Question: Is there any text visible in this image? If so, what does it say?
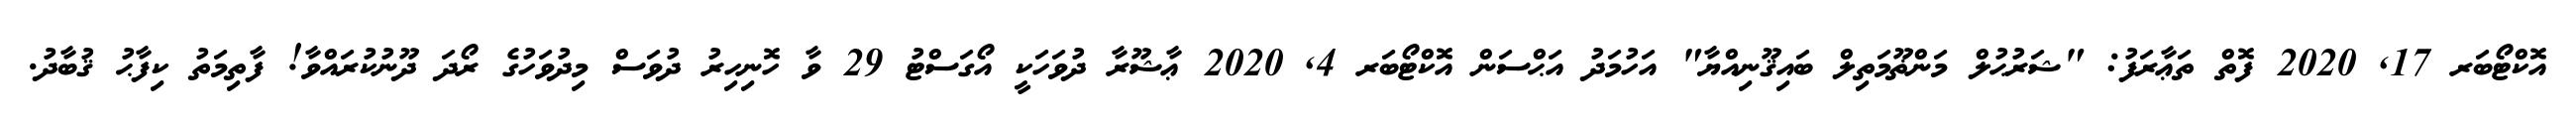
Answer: އޮކްޓޯބަރ 17, 2020 ފޮތް ތަޢާރަފު: "ޝަރުޙުލް މަންޡޫމަތިލް ބައިޤޫނިއްޔާ" އަހުމަދު އަޙްސަން އޮކްޓޯބަރ 4, 2020 ޢާޝޫރާ ދުވަހަކީ އޯގަސްޓު 29 ވާ ހޮނިހިރު ދުވަސް މިދުވަހުގެ ރޯދަ ދޫނުކުރައްވާ! ފާތިމަތު ކިފާޙު ޤުބާދު.